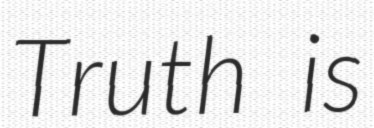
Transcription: Truth is